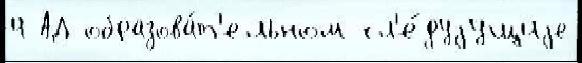
4 АД образова́т'ельном сл'е́дуjущиjе